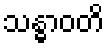
သန္ဓာဝတိ